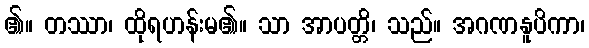
၏။ တဿာ၊ ထိုရဟန်းမ၏။ သာ အာပတ္တိ၊ သည်။ အဂဏနူပိကာ၊